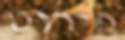
פירוט